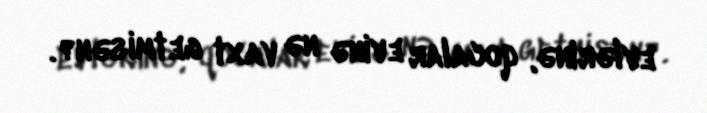
evlərinə, qocalar evinə nə vaxt getmisən?.